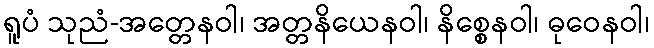
ရူပံ သုညံ-အတ္တေနဝါ၊ အတ္တနိယေနဝါ၊ နိစ္စေနဝါ၊ ဓုဝေနဝါ၊